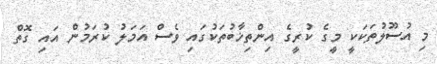
މި އުސޫލުތަކަކީ މީގެ ކުރީގެ އިންތިޚާބުތަކުގައި ވެސް އަމަލު ކުރަމުން އައި ގޮތް